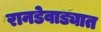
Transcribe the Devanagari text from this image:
रानडेवाड्यात